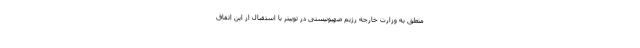
متعلق به وزارت خارجه رژیم صهیونیستی در توییتر با استقبال از این اتفاق